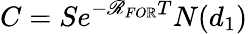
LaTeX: C=Se^{-\mathscr{R}_{FO\mathbb{R}}T}N(d_{1})